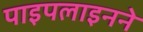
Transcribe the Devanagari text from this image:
पाइपलाइनने